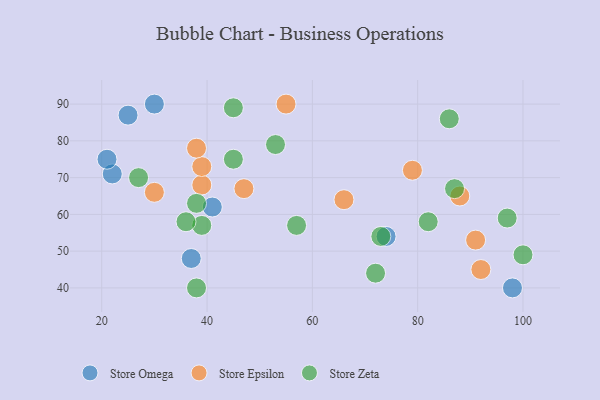
{"axis": {"x": "GDP", "y": "Life Expectancy"}, "legend": ["Store Epsilon", "Store Omega", "Store Zeta"], "data": [{"x": "22", "y": 71, "type": "Store Omega"}, {"x": "37", "y": 48, "type": "Store Omega"}, {"x": "30", "y": 90, "type": "Store Omega"}, {"x": "98", "y": 40, "type": "Store Omega"}, {"x": "21", "y": 75, "type": "Store Omega"}, {"x": "74", "y": 54, "type": "Store Omega"}, {"x": "41", "y": 62, "type": "Store Omega"}, {"x": "25", "y": 87, "type": "Store Omega"}, {"x": "91", "y": 53, "type": "Store Epsilon"}, {"x": "88", "y": 65, "type": "Store Epsilon"}, {"x": "79", "y": 72, "type": "Store Epsilon"}, {"x": "30", "y": 66, "type": "Store Epsilon"}, {"x": "39", "y": 68, "type": "Store Epsilon"}, {"x": "39", "y": 73, "type": "Store Epsilon"}, {"x": "38", "y": 78, "type": "Store Epsilon"}, {"x": "92", "y": 45, "type": "Store Epsilon"}, {"x": "55", "y": 90, "type": "Store Epsilon"}, {"x": "66", "y": 64, "type": "Store Epsilon"}, {"x": "47", "y": 67, "type": "Store Epsilon"}, {"x": "87", "y": 67, "type": "Store Zeta"}, {"x": "45", "y": 75, "type": "Store Zeta"}, {"x": "72", "y": 44, "type": "Store Zeta"}, {"x": "27", "y": 70, "type": "Store Zeta"}, {"x": "73", "y": 54, "type": "Store Zeta"}, {"x": "82", "y": 58, "type": "Store Zeta"}, {"x": "39", "y": 57, "type": "Store Zeta"}, {"x": "53", "y": 79, "type": "Store Zeta"}, {"x": "38", "y": 40, "type": "Store Zeta"}, {"x": "57", "y": 57, "type": "Store Zeta"}, {"x": "36", "y": 58, "type": "Store Zeta"}, {"x": "97", "y": 59, "type": "Store Zeta"}, {"x": "38", "y": 63, "type": "Store Zeta"}, {"x": "100", "y": 49, "type": "Store Zeta"}, {"x": "45", "y": 89, "type": "Store Zeta"}, {"x": "86", "y": 86, "type": "Store Zeta"}]}